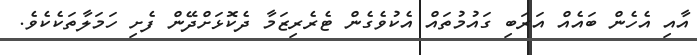
އާއި އެހެން ބައެއް އަރަބި ގައުމުތައް އެކުވެގެން ޓެރެރިޒަމާ ދެކޮޅަށްދޭން ފެށި ހަމަލާތަކެކެވެ.